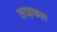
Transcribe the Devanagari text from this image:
ताड़फल